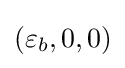
(\varepsilon _{b},0,0)